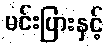
မင်းပြားနှင့်